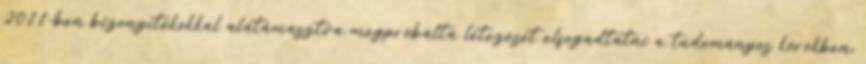
2011-ben bizonyítékokkal alátámasztva megpróbálta létezését elfogadtatni a tudományos körökben,